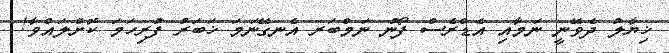
ޚިޔާލު ދެވޭނީ ނަމާއި އެޑްރެސް ފޯނު ނަމްބަރ އެނގޭނަމަ ޚަބަރު ފުރިހަމަ ކޮށްލައްވާ!